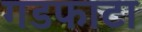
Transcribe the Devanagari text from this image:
गडफाटा